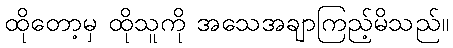
ထိုတော့မှ ထိုသူကို အသေအချာကြည့်မိသည်။